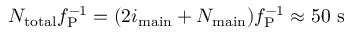
N _ { \mathrm { t o t a l } } f _ { \mathrm { P } } ^ { - 1 } = ( 2 i _ { \mathrm { m a i n } } + N _ { \mathrm { m a i n } } ) f _ { \mathrm { P } } ^ { - 1 } \approx 5 0 ~ \mathrm { s }